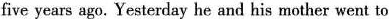
five years ago. Yesterday he and his mother went to